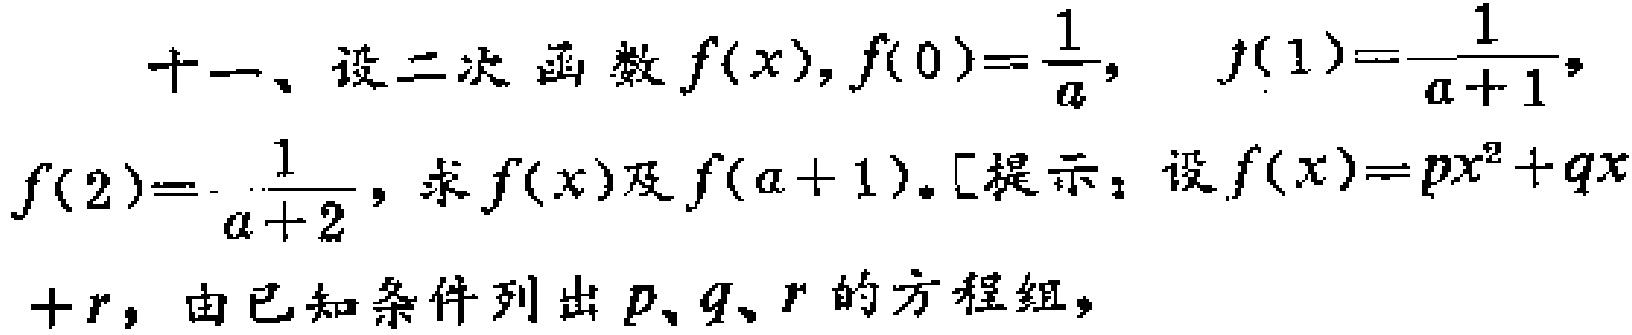
十一、设二次函数\(f(x)\)，\(f(0)=\frac{1}{a}\)，\(f(1)=\frac{1}{a + 1}\)，\(f(2)=\frac{1}{a + 2}\)，求\(f(x)\)及\(f(a + 1)\)。[提示：设\(f(x)=px^{2}+qx + r\)，由已知条件列出\(p、q、r\)的方程组，]